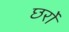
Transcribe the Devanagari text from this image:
छर्रो